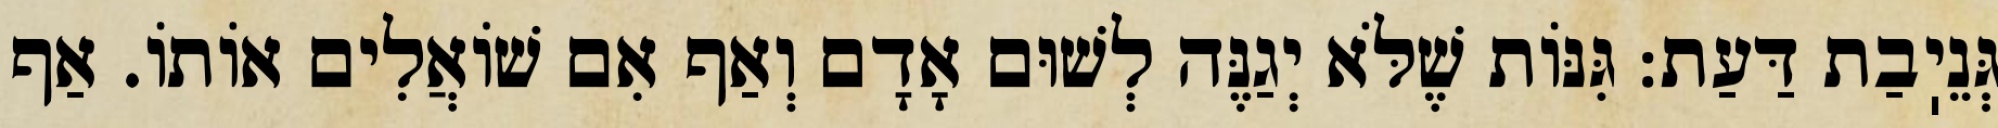
גְּנֵיֽבַת דַּעַת: גִּנּוֹת שֶׁלֹּא יְגַנֶּה לְשׁוּם אָדָם וְאַף אִם שׁוֹאֲלִים אוֹתוֹ. אַף